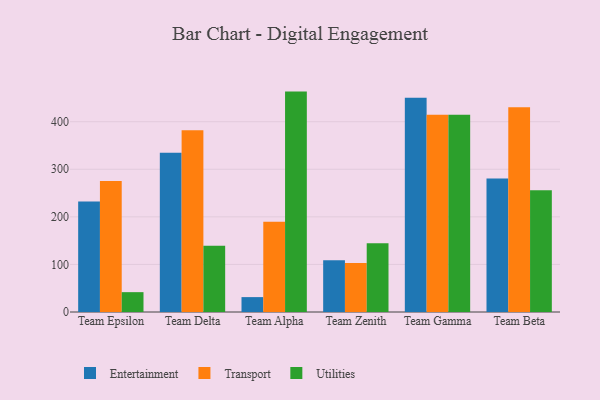
{"axis": {"x": "Team", "y": "Latency (ms)"}, "legend": ["Entertainment", "Transport", "Utilities"], "data": [{"x": "Team Epsilon", "y": 232.1, "type": "Entertainment"}, {"x": "Team Epsilon", "y": 275.2, "type": "Transport"}, {"x": "Team Epsilon", "y": 41.7, "type": "Utilities"}, {"x": "Team Delta", "y": 334.5, "type": "Entertainment"}, {"x": "Team Delta", "y": 382.0, "type": "Transport"}, {"x": "Team Delta", "y": 139.1, "type": "Utilities"}, {"x": "Team Alpha", "y": 31.3, "type": "Entertainment"}, {"x": "Team Alpha", "y": 189.9, "type": "Transport"}, {"x": "Team Alpha", "y": 463.3, "type": "Utilities"}, {"x": "Team Zenith", "y": 108.6, "type": "Entertainment"}, {"x": "Team Zenith", "y": 103.2, "type": "Transport"}, {"x": "Team Zenith", "y": 144.6, "type": "Utilities"}, {"x": "Team Gamma", "y": 450.3, "type": "Entertainment"}, {"x": "Team Gamma", "y": 414.5, "type": "Transport"}, {"x": "Team Gamma", "y": 414.4, "type": "Utilities"}, {"x": "Team Beta", "y": 280.5, "type": "Entertainment"}, {"x": "Team Beta", "y": 430.6, "type": "Transport"}, {"x": "Team Beta", "y": 256.1, "type": "Utilities"}]}